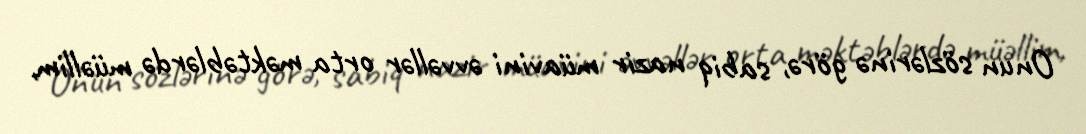
Onun sözlərinə görə, sabiq nazir müavini əvvəllər orta məktəblərdə müəllim,